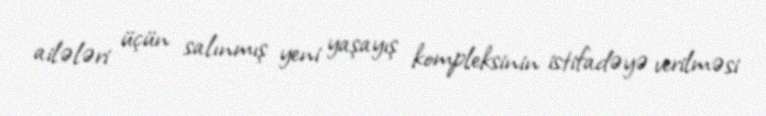
ailələri üçün salınmış yeni yaşayış kompleksinin istifadəyə verilməsi